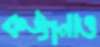
কঙ্গনাও